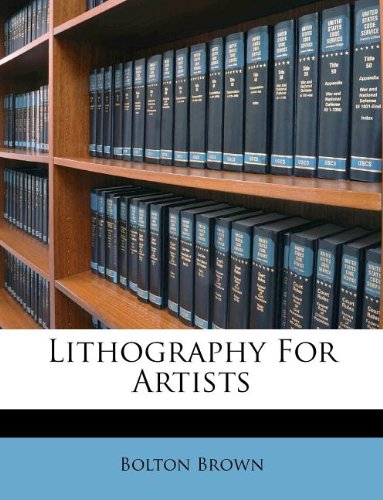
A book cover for Lithography For Artists; Bolton Brown; Arts & Photography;